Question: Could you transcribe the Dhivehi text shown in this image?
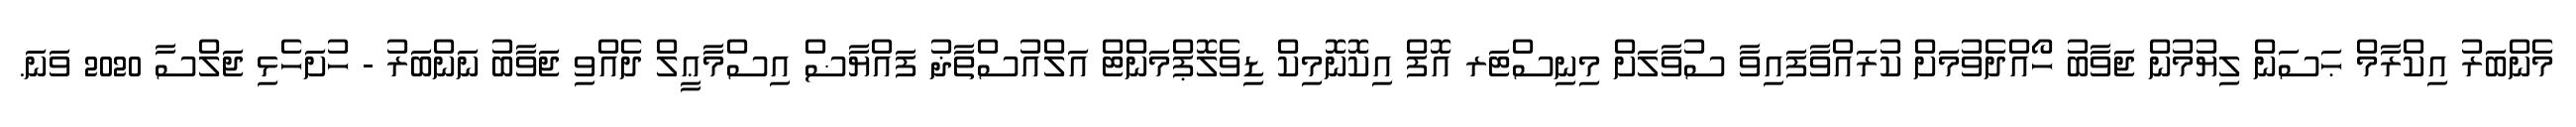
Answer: މެންބަރު އިކްރާމް ޙަސަން ލިޔުމުން ޖަވާބު ހޯއްދެވުމަށް ކުރައްވާފައިވާ ސުވާލަށް މިނިސްޓަރ އޮފް އިކޮނޮމިކް ޑިވެލޮޕްމަންޓް އަލްއުސްތާޛު ފައްޔާޟް އިސްމާޢީލް ދެއްވި ޖަވާބު ނަންބަރު - ހުށަހެޅި ޖަލްސާ 2020 ވަނަ.